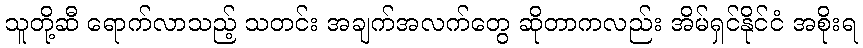
သူတို့ဆီ ရောက်လာသည့် သတင်း အချက်အလက်တွေ ဆိုတာကလည်း အိမ်ရှင်နိုင်ငံ အစိုးရ